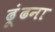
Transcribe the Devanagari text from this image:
ढ़ूंढना